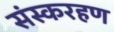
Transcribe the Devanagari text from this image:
संस्करहण